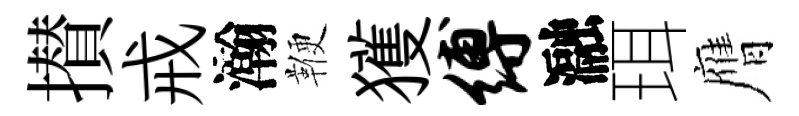
攅戒瀚鞭獲缚瀜珥膺